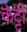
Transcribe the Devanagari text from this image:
केट्टी